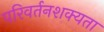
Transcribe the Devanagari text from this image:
परिवर्तनशक्यता